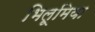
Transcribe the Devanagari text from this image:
भिलूमिया